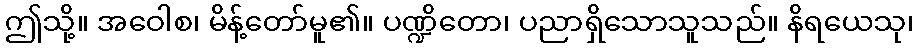
ဤသို့။ အဝေါစ၊ မိန့်တော်မူ၏။ ပဏ္ဍိတော၊ ပညာရှိသောသူသည်။ နိရယေသု၊